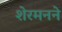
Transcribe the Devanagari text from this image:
शेरमनने